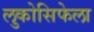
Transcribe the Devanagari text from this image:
लुकोसिफेला